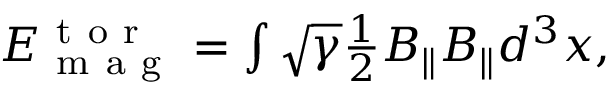
\begin{array} { r } { E _ { \mathrm { ~ m ~ a ~ g ~ } } ^ { \mathrm { ~ t ~ o ~ r ~ } } = \int \sqrt { \gamma } \frac { 1 } { 2 } B _ { \parallel } B _ { \parallel } d ^ { 3 } x , } \end{array}